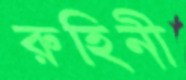
রুহিনী